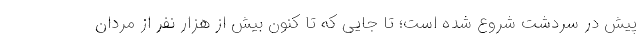
پیش در سردشت شروع شده است؛ تا جایی که تا کنون بیش از هزار نفر از مردان